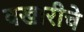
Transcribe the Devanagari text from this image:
वखारीचे